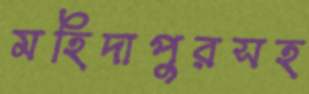
মহিদাপুরসহ